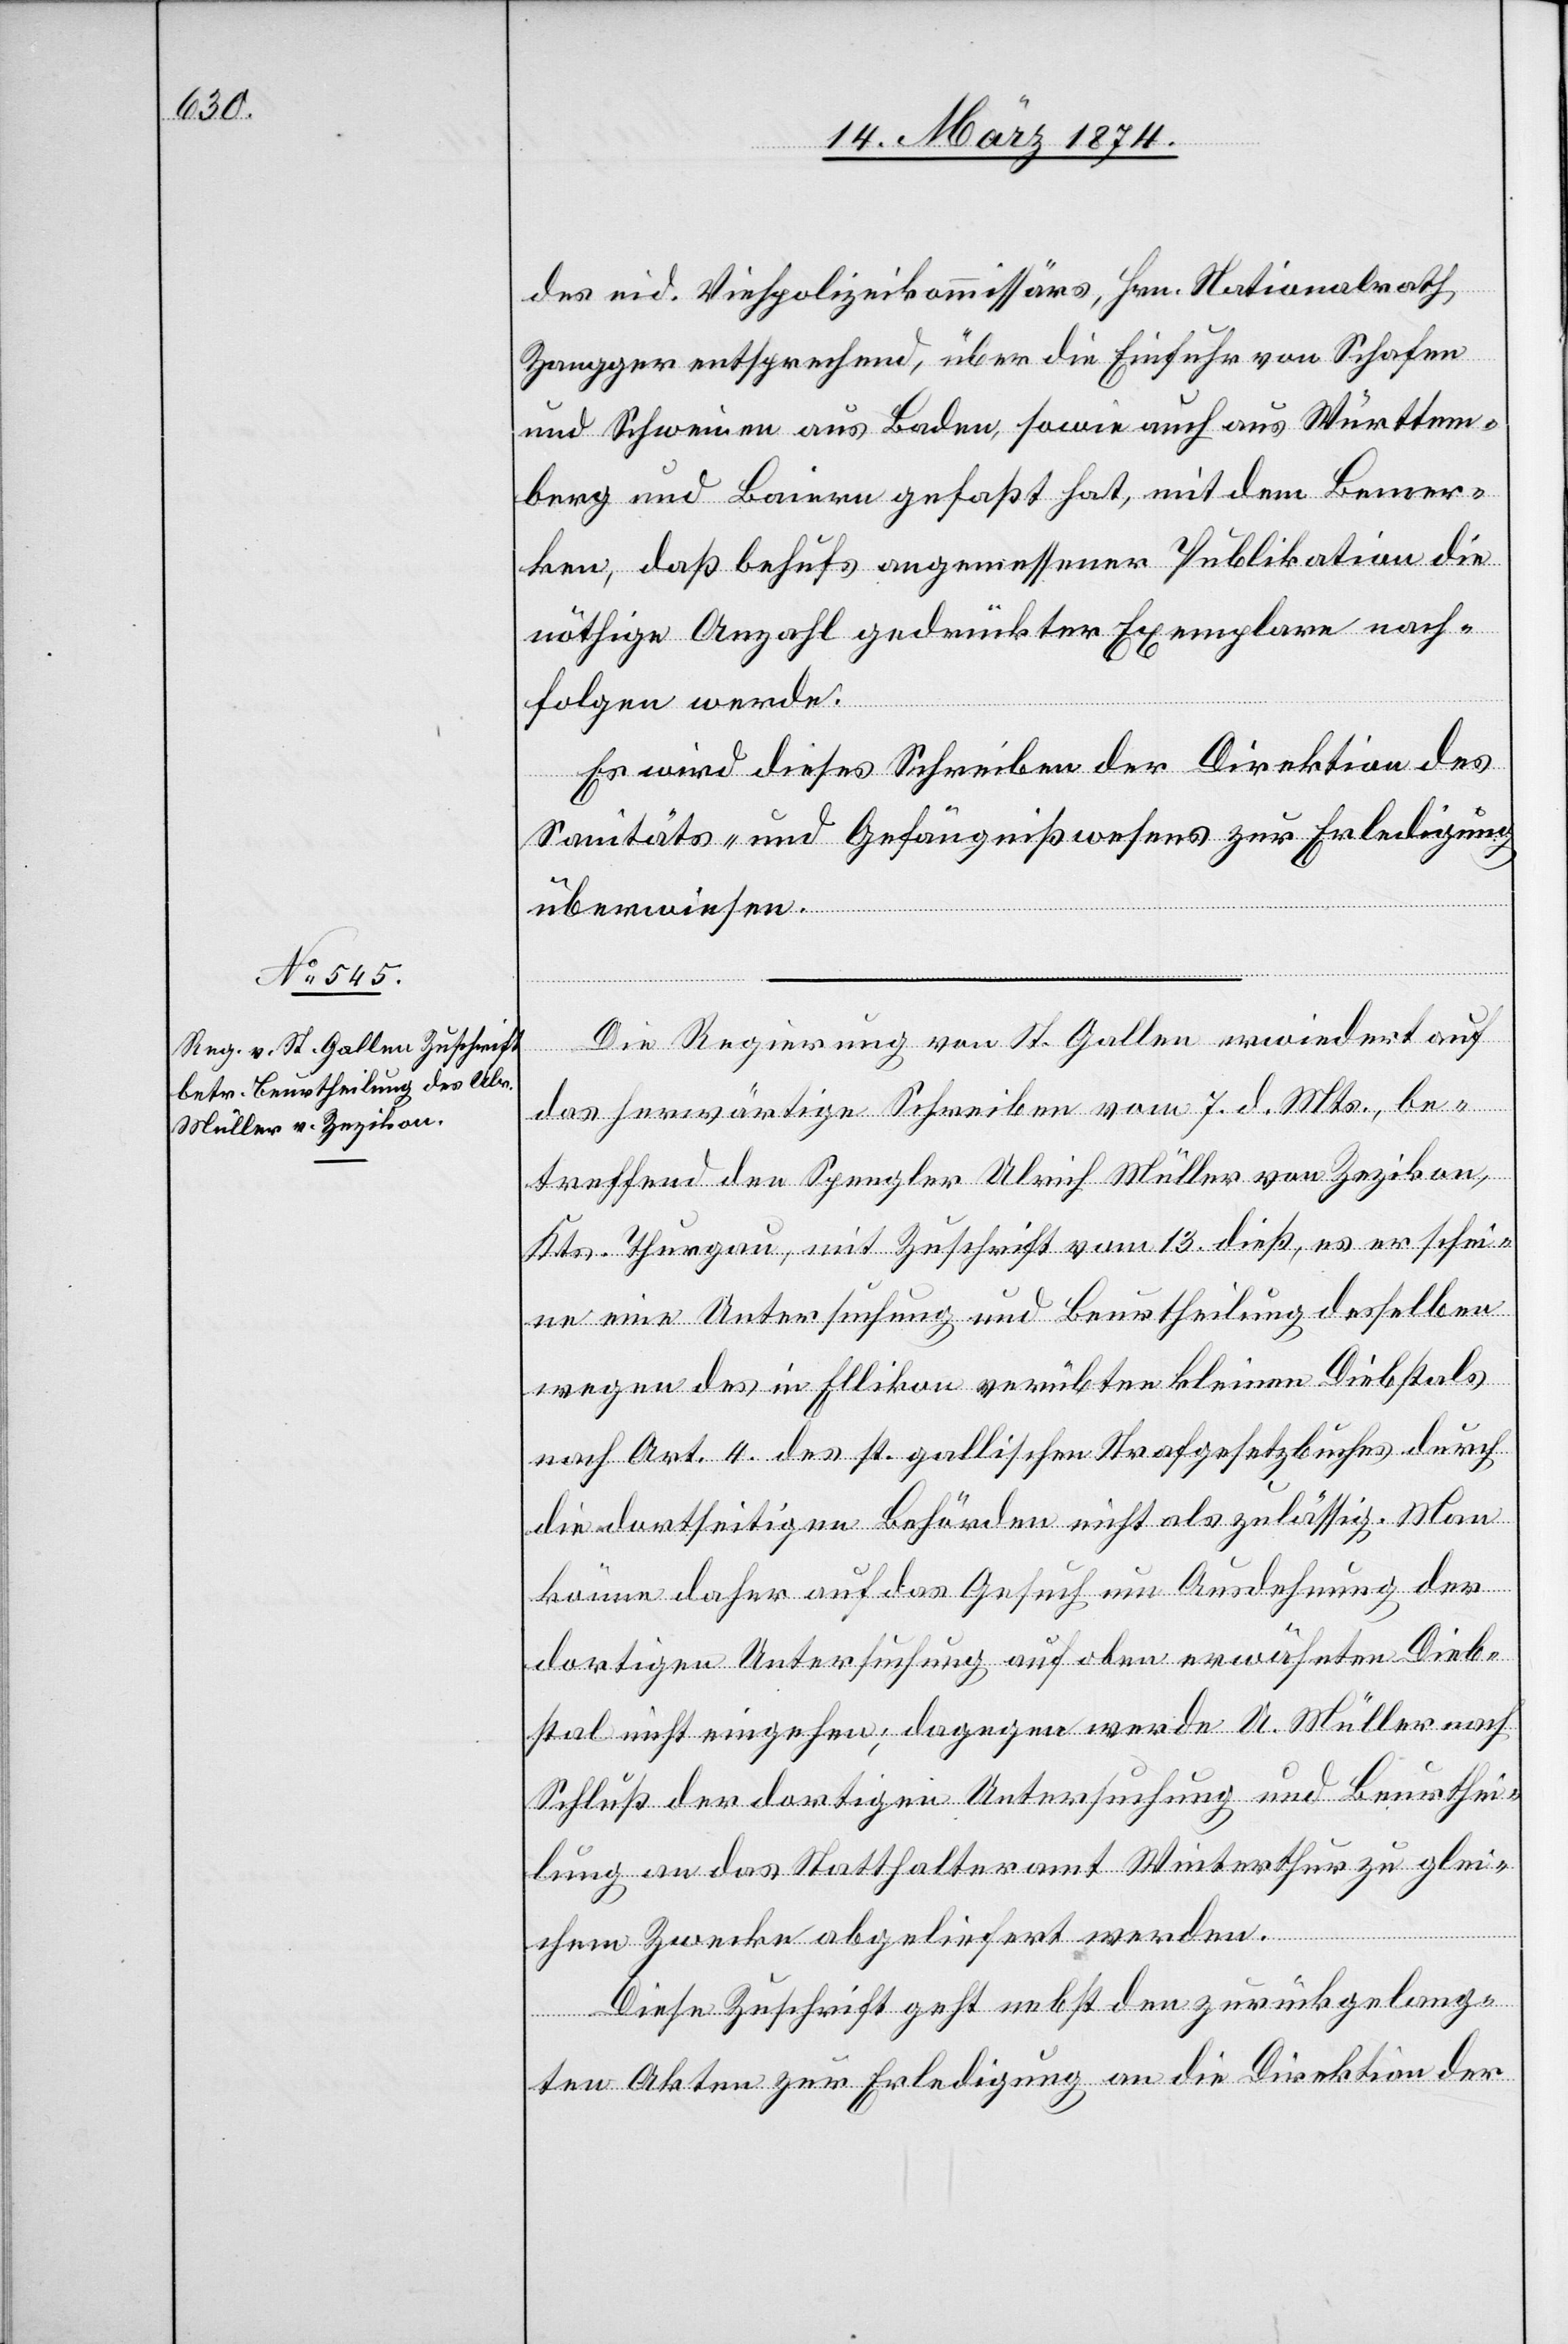
16. März 1874.]
des eid. Viehpolizeikommissärs, Hrn. Nationalrath
Zangger entsprechend, über die Einfuhr von Schafen
und Schweinen aus Baden, sowie auch aus Württem¬
berg und Baiern gefaßt hat, mit dem Bemer¬
ken, daß behufs angemessener Publikation die
nöthige Anzahl gedrückter [sic!] Exemplare nach¬
folgen werde.
Es wird dieses Schreiben der Direktion des
Sanitäts- und Gefängnißwesens zur Erledigung
überwiesen.
Die Regierung von St. Gallen erwiedert auf
das herwärtige Schreiben vom 7. d. Mts., be¬
treffend den Spengler Ulrich Müller von Zezikon,
Kts. Thurgau, mit Zuschrift vom 13. dieß, es erschei¬
ne eine Untersuchung und Beurtheilung desselben
wegen des in Ellikon verübten kleinen Diebstals
nach Art. 4 des st. gallischen Strafgesetzbuches durch
die dortseitigen Behörden nicht als zulässig. Man
könne daher auf das Gesuch um Ausdehnung der
dortigen Untersuchung auf oben erwähnten Dieb¬
stal nicht eingehen; dagegen werde U. Müller nach
Schluß der dortigen Untersuchung und Beurthei¬
lung an das Statthalteramt Winterthur zu glei¬
chem Zwecke abgeliefert werden.
Diese Zuschrift geht nebst den zurückgelang¬
ten Akten zur Erledigung an die Direktion der